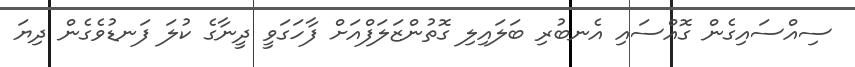
ސިއްސައިގެން ގޮއްސައި އެނބުރި ބަލައިލި ގޮތުންޒަލަފްއަށް ފާހަގަވީ ދީނާގެ ކުލަ ފަނޑުވެގެން ދިޔަ